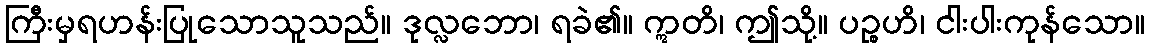
ကြီးမှရဟန်းပြုသောသူသည်။ ဒုလ္လဘော၊ ရခဲ၏။ ဣတိ၊ ဤသို့။ ပဉ္စဟိ၊ ငါးပါးကုန်သော။